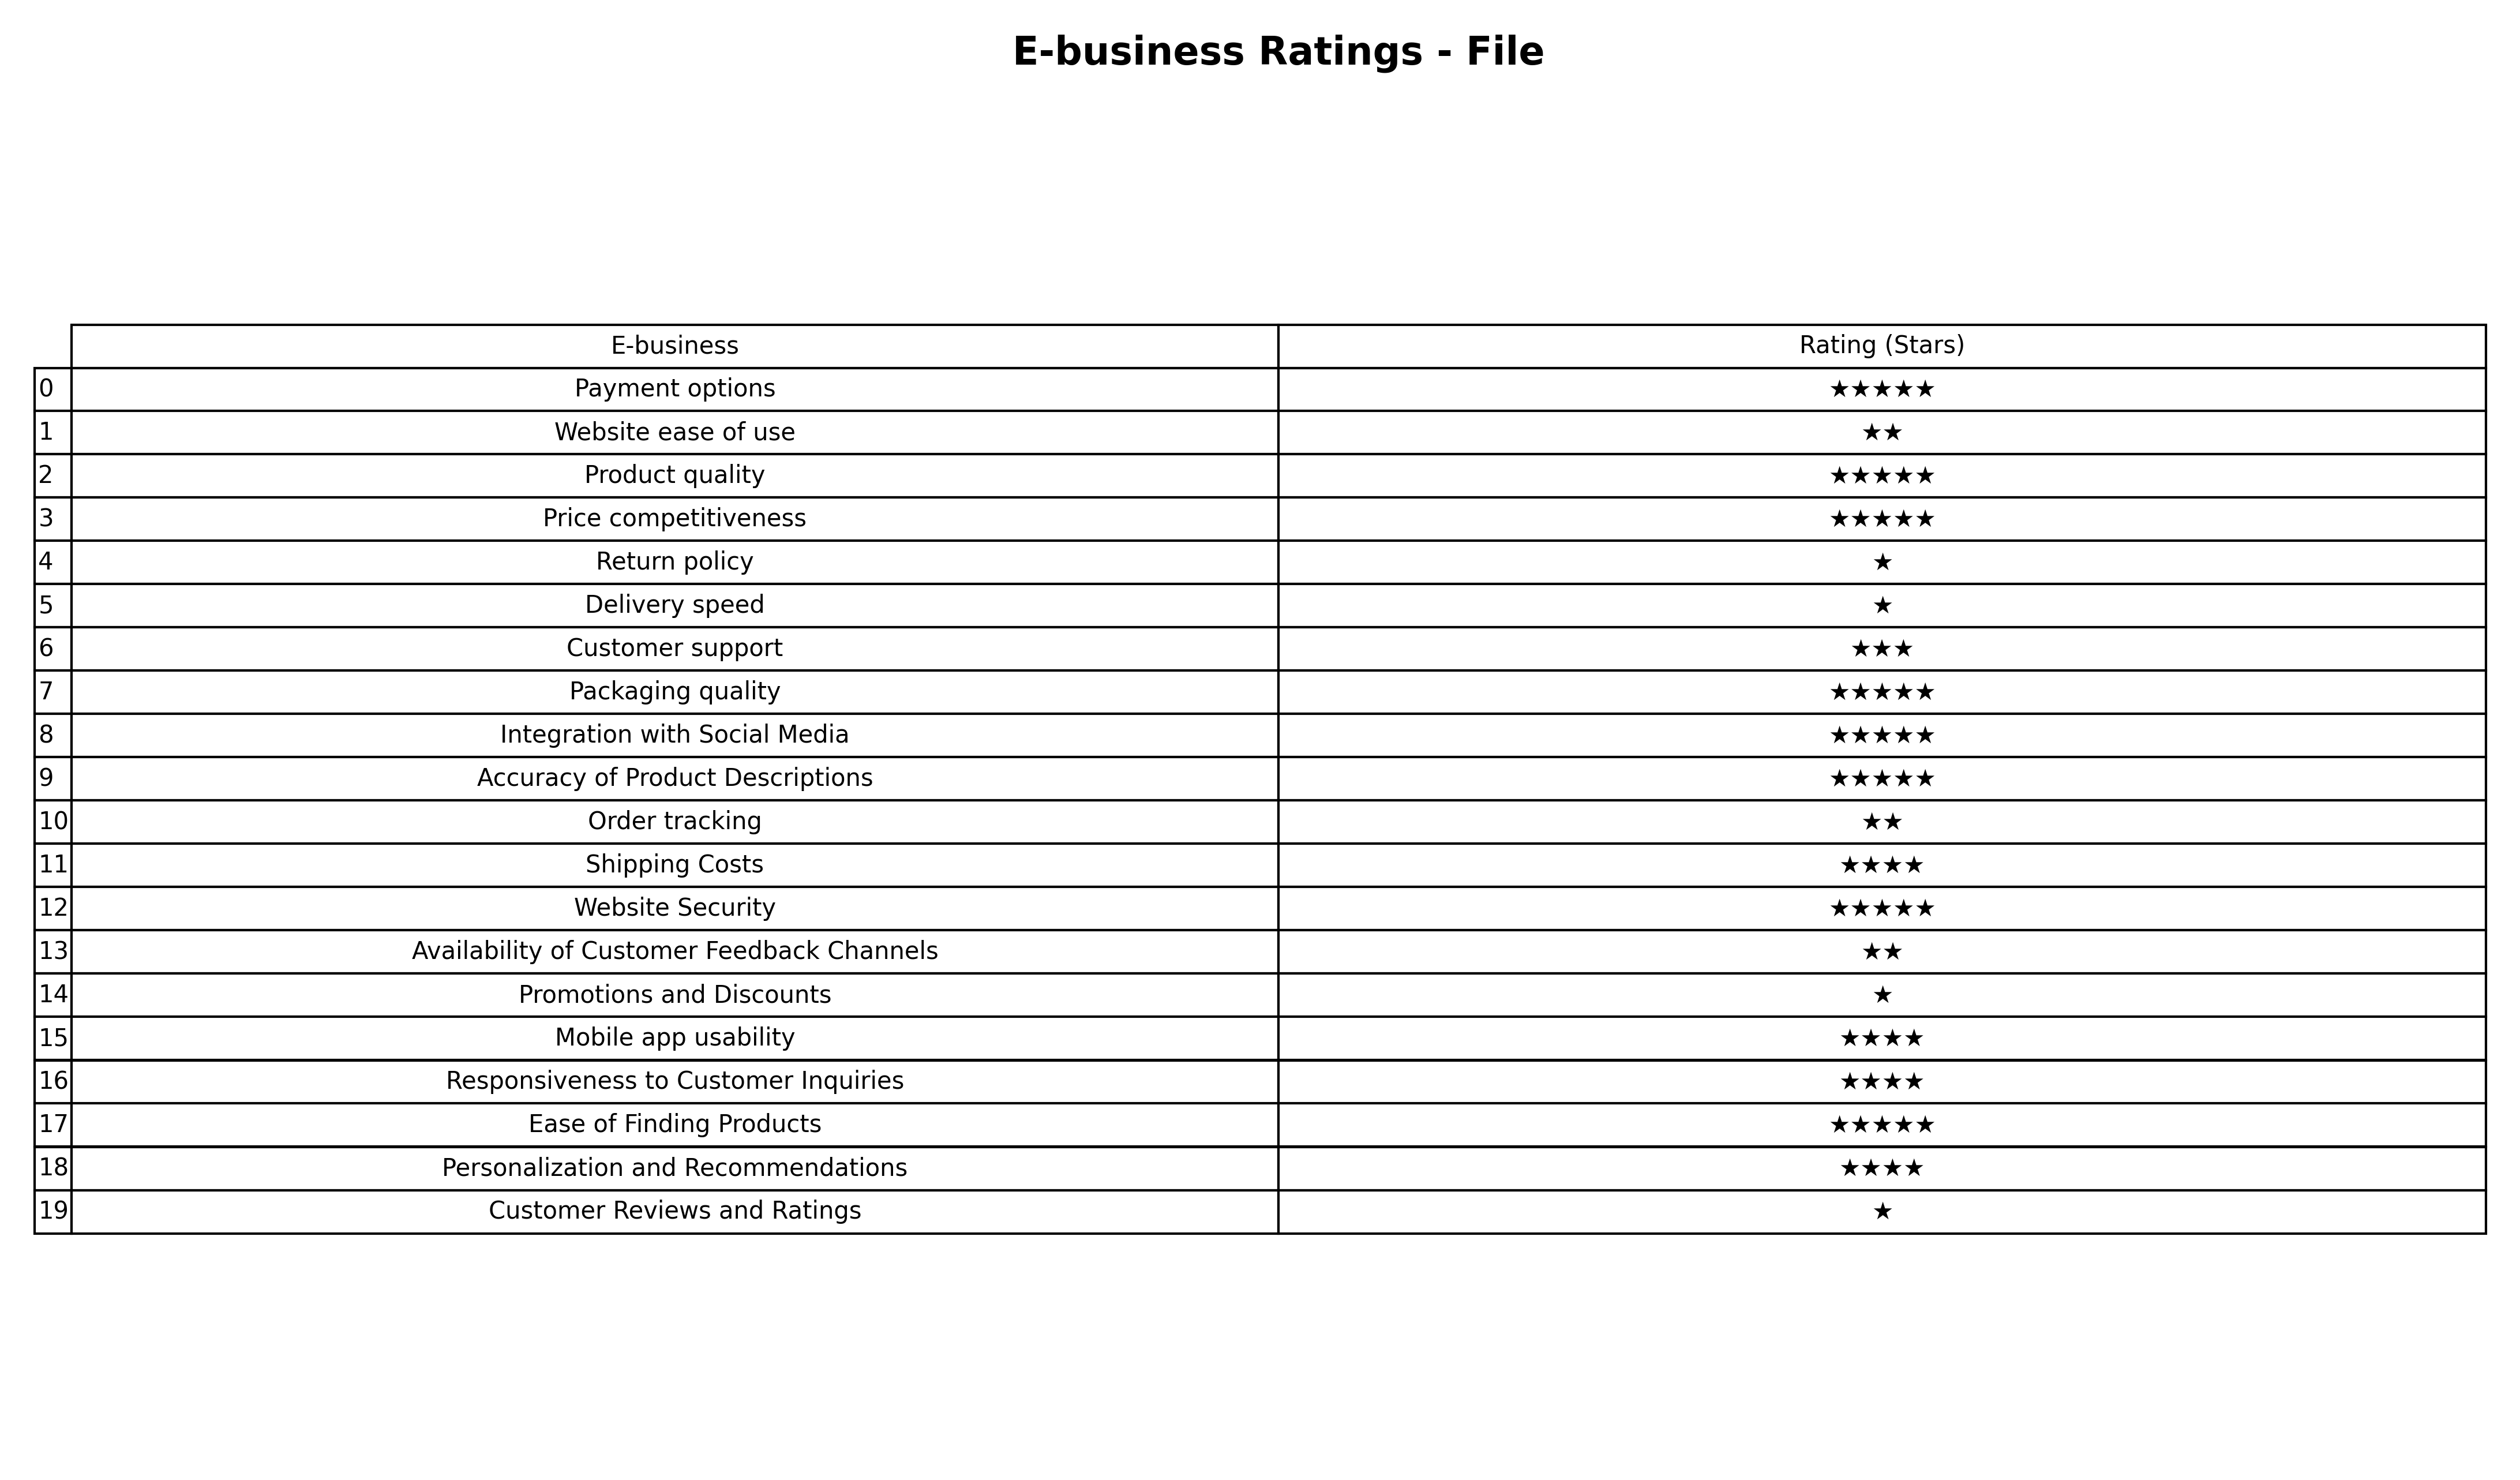
question: What is the rating of Website Security?
answer: ★★★★★